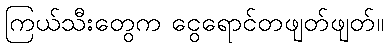
ကြယ်သီးတွေက ငွေရောင်တဖျတ်ဖျတ်။